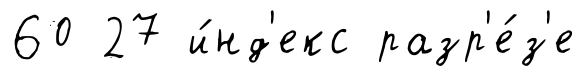
60 27 и́нд'екс разр'е́з'е